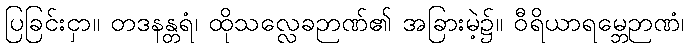
ပြခြင်းငှာ။ တဒနန္တရံ၊ ထိုသလ္လေခဉာဏ်၏ အခြားမဲ့၌။ ဝီရိယာရမ္ဘေဉာဏံ၊